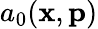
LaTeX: a_{0}(\mathbf{x},\mathbf{p})